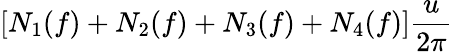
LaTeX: \displaystyle\left[N_{1}(f)+N_{2}(f)+N_{3}(f)+N_{4}(f)\right]\frac{u}{2\pi}